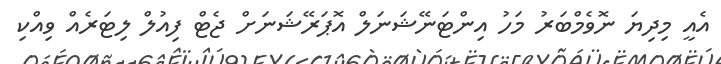
އެއީ މިދިޔަ ނޮވެމްބަރު މަހު އިންޓަނޭޝަނަލް އޮޕަރޭޝަނަށް ޖެޓް ފިއުލް ލިޓަރެއް ވިއްކި